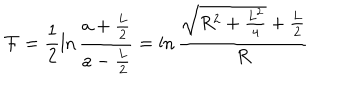
{ \cal F } = \frac { 1 } { 2 } \ln \frac { a + \frac { L } { 2 } } { a - \frac { L } { 2 } } = \ln \frac { \sqrt { R ^ { 2 } + \frac { L ^ { 2 } } { 4 } } + \frac { L } { 2 } } { R }